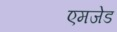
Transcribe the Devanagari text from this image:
एमजेड